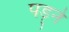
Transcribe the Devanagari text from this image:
पड़्ने